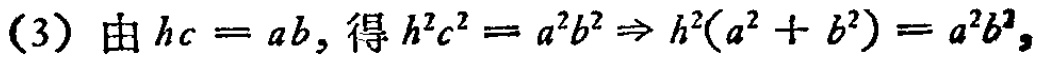
(3) 由 \(hc = ab\), 得 \(h^{2}c^{2}=a^{2}b^{2}\Rightarrow h^{2}(a^{2}+b^{2}) = a^{2}b^{2}\)